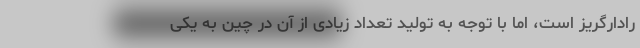
رادارگریز است، اما با توجه به تولید تعداد زیادی از آن در چین به یکی